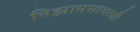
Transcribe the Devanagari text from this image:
निझामसागरची